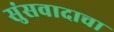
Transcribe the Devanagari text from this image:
सुंसवादाचा